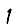
Digit: 1